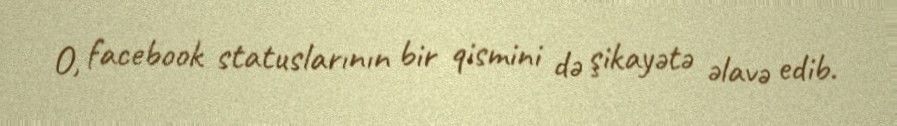
O, facebook statuslarının bir qismini də şikayətə əlavə edib.